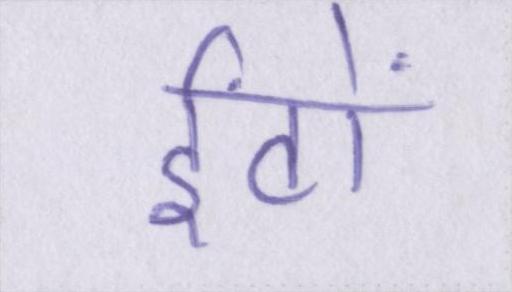
ईंटों